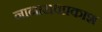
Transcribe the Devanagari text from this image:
नानारावप्रकाश